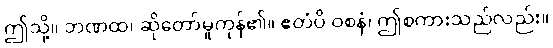
ဤသို့။ ဘဏထ၊ ဆိုတော်မူကုန်၏။ ဧတံပိ ဝစနံ၊ ဤစကားသည်လည်း။